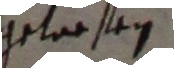
gelesen